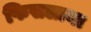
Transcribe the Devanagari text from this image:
फिसलाया